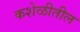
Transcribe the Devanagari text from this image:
कशेळीतील